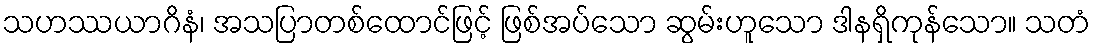
သဟဿယာဂိနံ၊ အသပြာတစ်ထောင်ဖြင့် ဖြစ်အပ်သော ဆွမ်းဟူသော ဒါနရှိကုန်သော။ သတံ